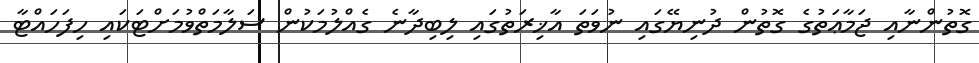
ގޮތުންނާއި ޖަމާޢަތުގެ ގޮތުން ދުނިޔޭގައި ނުވަތަ އާޚިރަތުގައި ލިބިދާނެ ގެއްލުމަކުން ސަލާމަތްވުމަށްޓަކައި ހިފަހައްޓާ